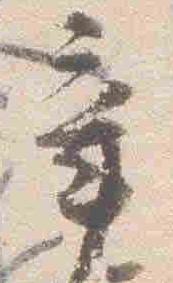
辛